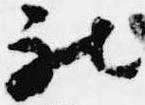
被